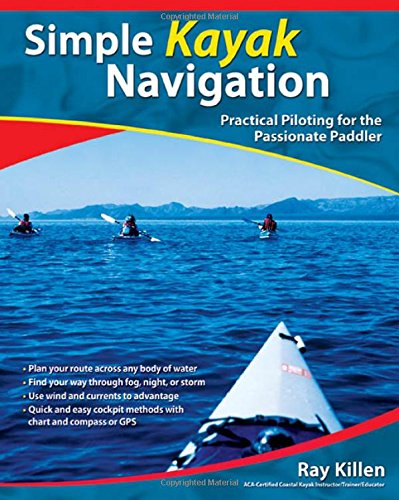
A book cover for Simple Kayak Navigation: Practical Piloting for the Passionate Paddler; Ray Killen; Sports & Outdoors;